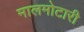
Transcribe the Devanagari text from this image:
मालमोटारी